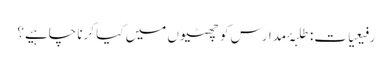
رفیعیات: طلبۂ مدارس کو چھٹیوں میں کیا کرنا چاہیے؟